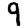
Digit: 9